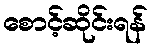
စောင့်ဆိုင်းရန်